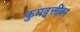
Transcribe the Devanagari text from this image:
कुप्रवृत्तींवर